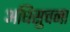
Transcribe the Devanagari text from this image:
अधिसुचना